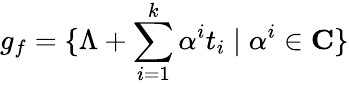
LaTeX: g_{f}=\{ \Lambda+\sum_{i=1}^{k}\alpha^{i}t_{i}\mid\alpha^{i}\in{\mathbf C}\}